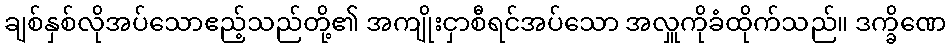
ချစ်နှစ်လိုအပ်သောဧည့်သည်တို့၏ အကျိုးငှာစီရင်အပ်သော အလှူကိုခံထိုက်သည်။ ဒက္ခိဏေ